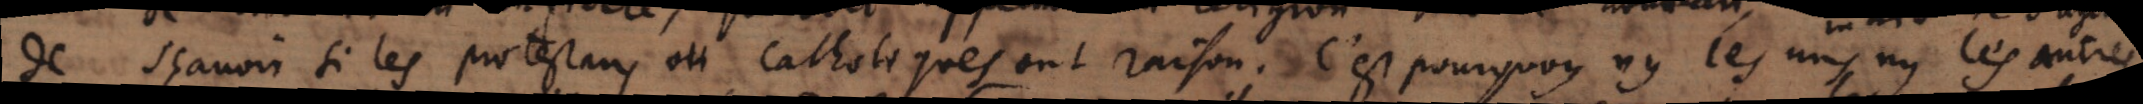
de sçavoir si les protestans ou Catholiques ont raison; c’est pourquoy ny les uns ny les autres